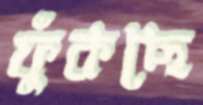
ফুঁকছে